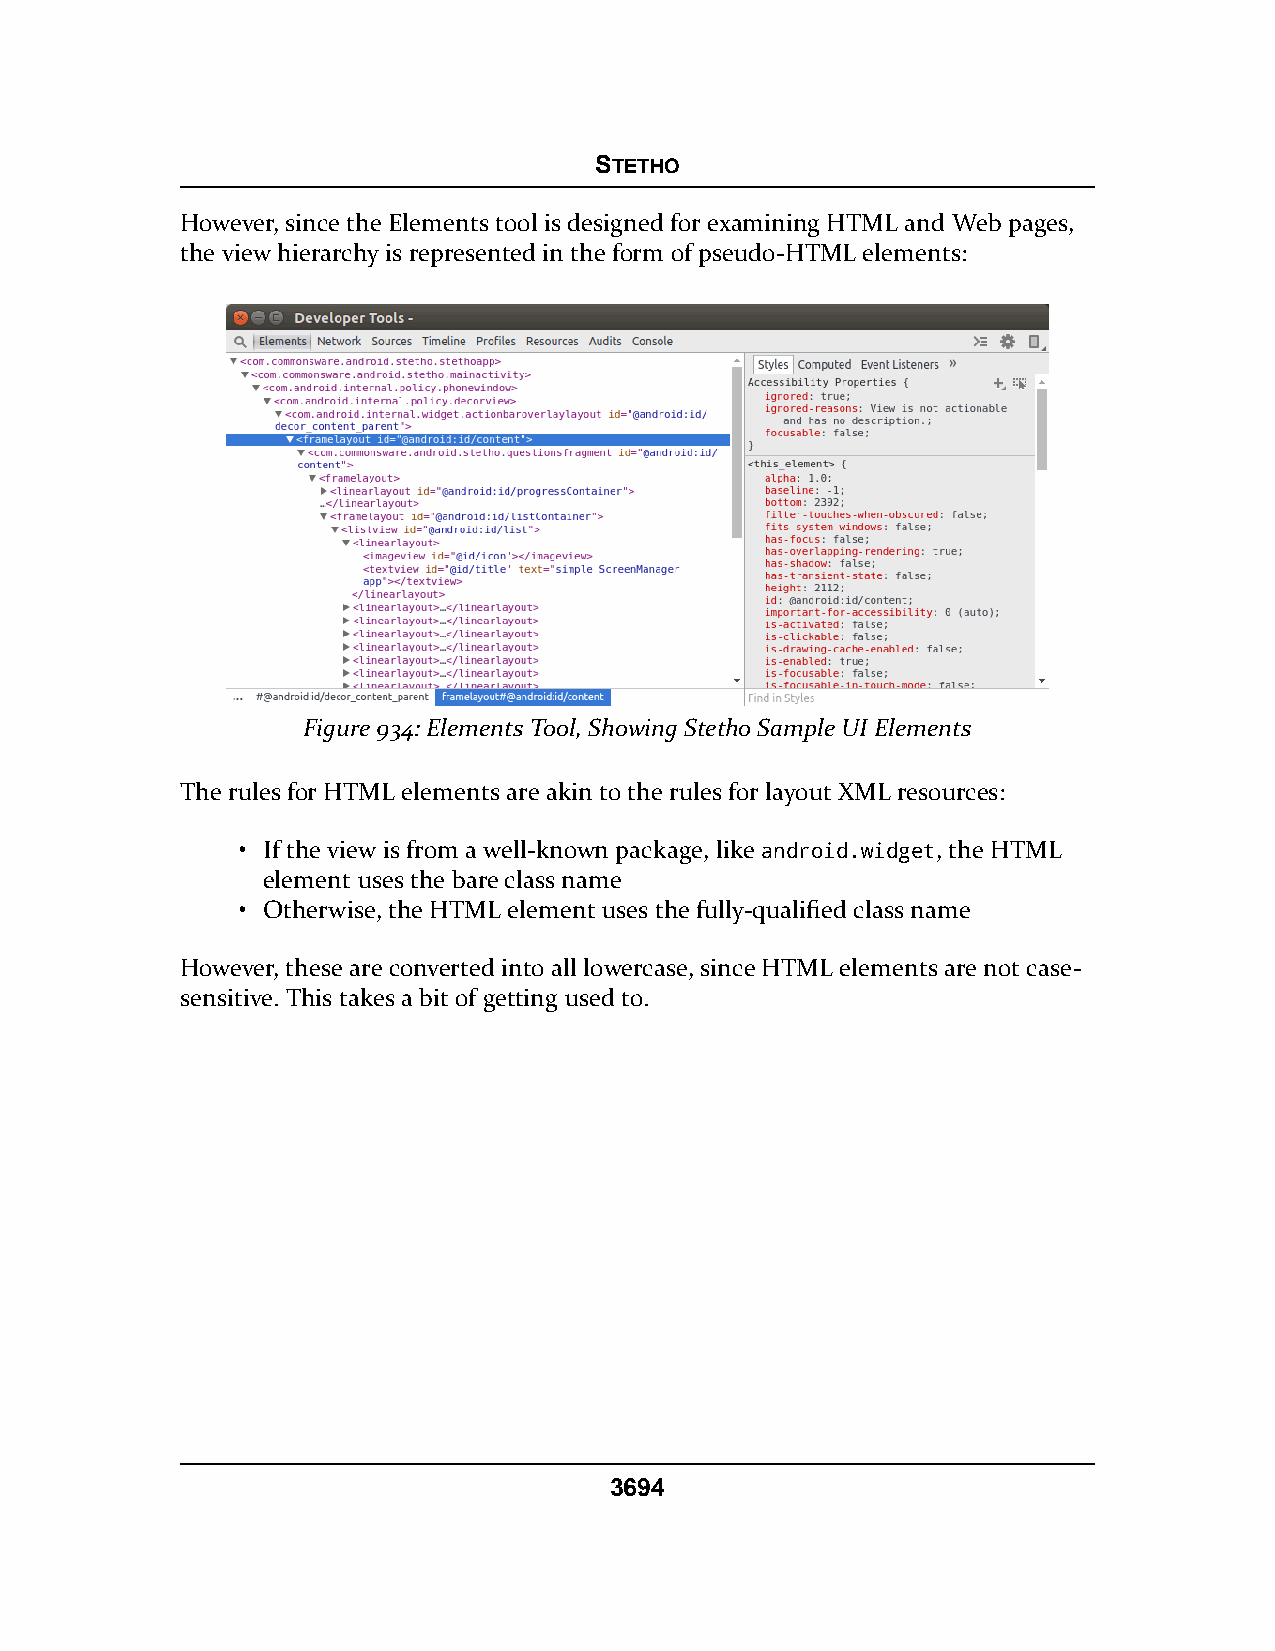
STETHO
 However, since the Elements tool is designed for examining HTML and Web pages,
 the view hierarchy is represented in the form of pseudo-HTML elements:
 Figure 934: Elements Tool, Showing Stetho Sample UI Elements
 The rules for HTML elements are akin to the rules for layout XML resources:
 • If the view is from a well-known package, like android.widget, the HTML
 element uses the bare class name
 • Otherwise, the HTML element uses the fully-qualified class name
 However, these are converted into all lowercase, since HTML elements are not case-
 sensitive. This takes a bit of getting used to.
 3694